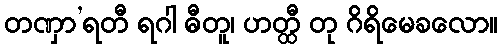
တဏှာ’ရတီ ရဂါ ဓီတူ၊ ဟတ္ထီ တု ဂိရိမေခလော။